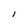
Character: l